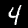
Digit: 4